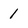
Character: 1